Black-water fever - Number 35
Disease focus: Fever
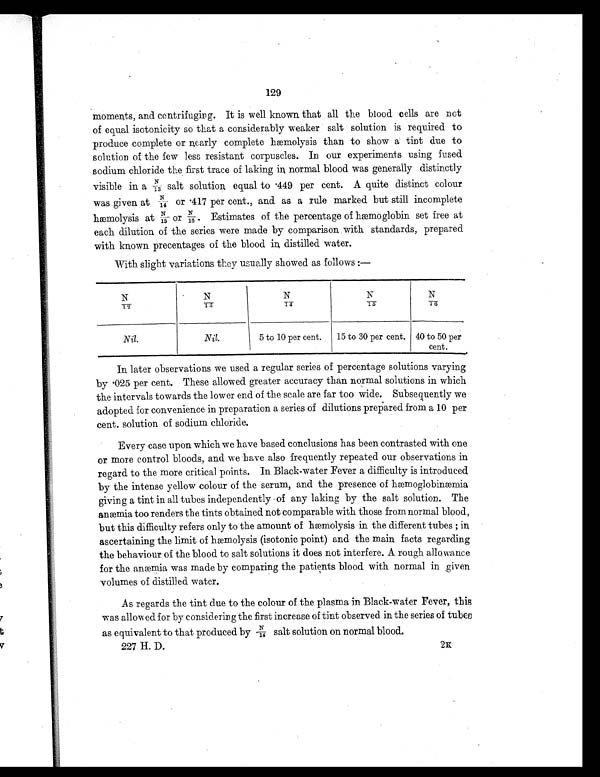
129
moments, and centrifuging. It is well known that all the blood cells are not
of equal isotonicity so that a considerably weaker salt solution is required to
produce complete or nearly complete hæmolysis than to show a' tint due to
solution of the few less resistant corpuscles. In our experiments using fused
sodium chloride the first trace of laking in, normal blood was generally distinctly
visible in a N/13 salt solution, equal to . 449 per cent. A quite distinct colour
was given at N/14 or .417 per cent., and as a rule marked but still incomplete
hæmolysis at N/15o r N / 1 6 E s t i m a t e s o f t h e p e r c e n t a g e o f h æ m o g l o b i n s e t f r e e a t
each dilution of the series were made by comparison with standards, prepared
with known precentages of the blood in, distilled water.
With slight variations they usually showed as follows :—
N/12
N/13
N / 1 4
N/15
N/16
Nil.
Nil.
5 to 10 per cent.
15 to 30 per cent. 40 to 50 per
cent.
In later observations we used a regular series of percentage solutions varying
by .025 per cent. These allowed greater accuracy than normal solutions in which
the intervals towards the lower end of the scale are far too wide. Subsequently we
adopted for convenience in preparation a series of dilutions prepared from a 10 per
cent. solution of sodium chloride.
Every case upon which we have based conclusions has been contrasted with one
or more control bloods, and we have also frequently repeated our observations in
regard to the more critical points. In Black-water Fever a difficulty is introduced
by the intense yellow colour of the serum, and the presence of hæmoglobinæmia
giving a tint in all tubes independently of any laking by the salt solution. The
anæmia too renders the tints obtained not comparable with those from normal blood,
but this difficulty refers only to the amount of hæmolysis in the different tubes ; in
ascertaining the limit of hæmolysis (isotonic point) and the main facts regarding
the behaviour of the blood to salt solutions it does not interfere. A rough allowance
for the anæmia was made by comparing the patients blood with normal in given
volumes of distilled water.
As regards the tint due to the colour of the plasma in Black- . water Fever, this
was allowed for by considering the first increase of tint observed in the series of tu
b e s
a s e q u i v a l e n t t o t h a t p r o d u c e d b y N / 1 4 s a l t s o l u t i o n o n n o r m a l b l o o d .
227H D.
2K